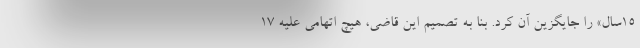
۱۵سال» را جایگزین آن کرد. بنا به تصمیم این قاضی، هیچ اتهامی علیه ۱۷